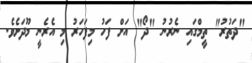
"ދަތުރު" ތީމްގައި ނެރުނު "ދޯ" އަށް ފަހު މިފަހަރު މި އެރެނީ މޫދަށެވެ.